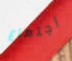
أجتماع